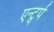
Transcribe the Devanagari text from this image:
एन्ट्वर्प